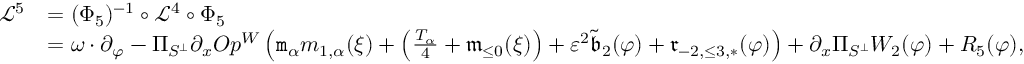
\begin{array} { r l } { \mathcal { L } ^ { 5 } } & { = ( \Phi _ { 5 } ) ^ { - 1 } \circ \mathcal { L } ^ { 4 } \circ \Phi _ { 5 } } \\ & { = \omega \cdot \partial _ { \varphi } - \Pi _ { S ^ { \perp } } \partial _ { x } O p ^ { W } \left( \mathtt { m } _ { \alpha } m _ { 1 , \alpha } ( \xi ) + \left( \frac { T _ { \alpha } } 4 + \mathfrak { m } _ { \le 0 } ( \xi ) \right) + \varepsilon ^ { 2 } \tilde { \mathfrak { b } } _ { 2 } ( \varphi ) + { \mathfrak { r } } _ { - 2 , \le 3 , * } ( \varphi ) \right) + \partial _ { x } \Pi _ { S ^ { \perp } } W _ { 2 } ( \varphi ) + R _ { 5 } ( \varphi ) , } \end{array}